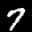
Label: 7